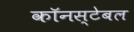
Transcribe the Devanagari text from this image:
कॉनस्टेबल